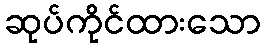
ဆုပ်ကိုင်ထားသော